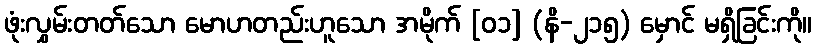
ဖုံးလွှမ်းတတ်သော မောဟတည်းဟူသော အမိုက် [၀၁] (နိ-၂၁၅) မှောင် မရှိခြင်းကို။